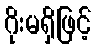
ဂိုးမရှိဖြင့်